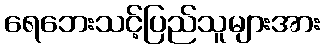
ရေဘေးသင့်ပြည်သူများအား